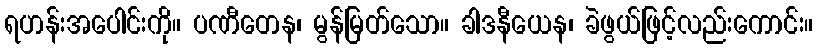
ရဟန်းအပေါင်းကို။ ပဏီတေန၊ မွန်မြတ်သော။ ခါဒနီယေန၊ ခဲဖွယ်ဖြင့်လည်းကောင်း။